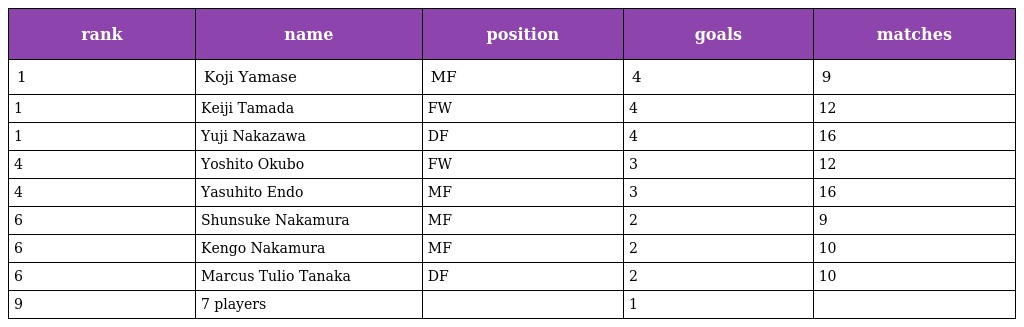
| rank | name | position | goals | matches |
 | --- | --- | --- | --- | --- |
 | 1 | Koji Yamase | MF | 4 | 9 |
 | 1 | Keiji Tamada | FW | 4 | 12 |
 | 1 | Yuji Nakazawa | DF | 4 | 16 |
 | 4 | Yoshito Okubo | FW | 3 | 12 |
 | 4 | Yasuhito Endo | MF | 3 | 16 |
 | 6 | Shunsuke Nakamura | MF | 2 | 9 |
 | 6 | Kengo Nakamura | MF | 2 | 10 |
 | 6 | Marcus Tulio Tanaka | DF | 2 | 10 |
 | 9 | 7 players |  | 1 |  |